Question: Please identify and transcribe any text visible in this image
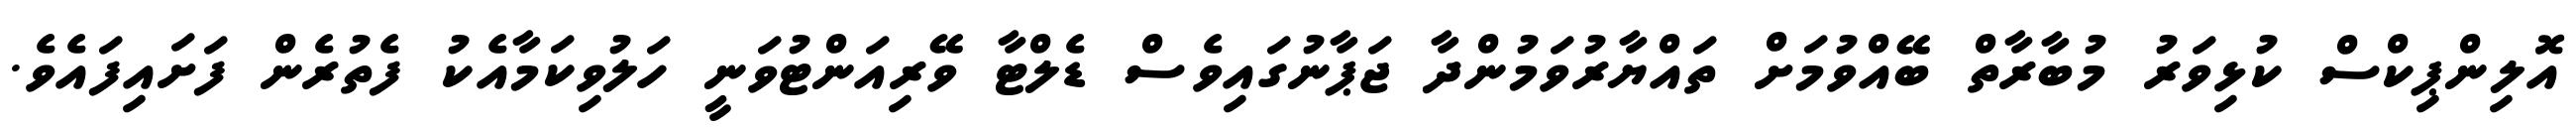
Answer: އޮލިންޕިކްސް ކުޅިވަރު މުބާރާތް ބޭއްވުމަށް ތައްޔާރުވަމުންދާ ޖަޕާނުގައިވެސް ޑެލްޓާ ވޭރިއަންޓުވަނީ ހަލުވިކަމާއެކު ފެތުރެން ފަށައިފައެވެ.